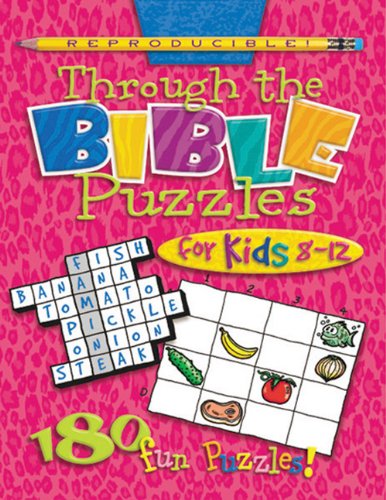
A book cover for Through the Bible Puzzles for Kids 8-12 (Teacher Training Series); Standard Publishing; Christian Books & Bibles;